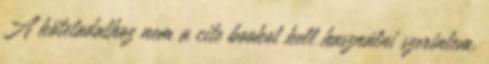
A kötetadathoz nem a cite bookot kell használni szerintem,